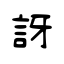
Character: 訝